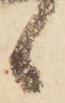
候